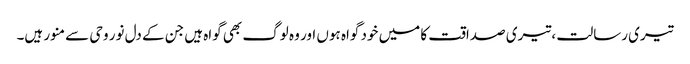
تیری رسالت ، تیری صداقت کا میں خود گواہ ہوں اور وہ لوگ بھی گواہ ہیں جن کے دل نور وحی سے منور ہیں۔